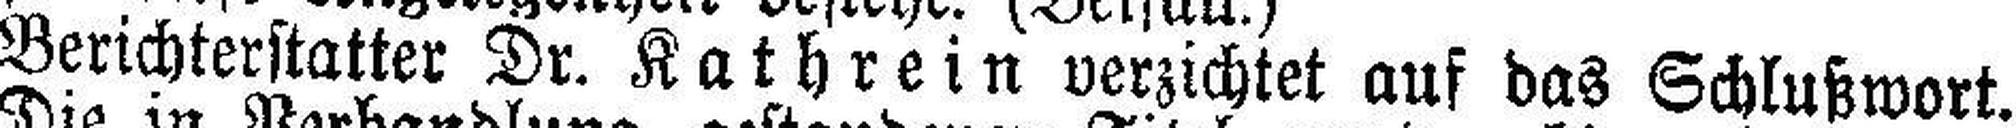
Berichterstatter Dr. Kathrein verzichtet auf das Schlußwort.